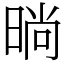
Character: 㫾